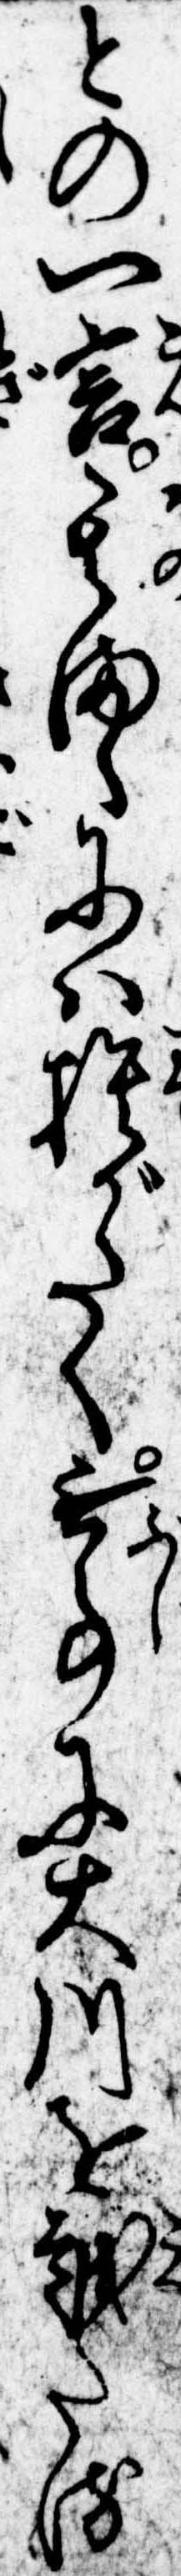
との一言其まゝには捨がたく無事に大川を越たる